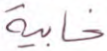
خابية